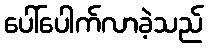
ပေါ်ပေါက်လာခဲ့သည်